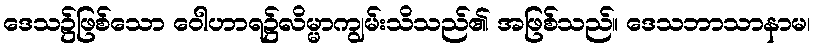
ဒေသ၌ဖြစ်သော ဝေါဟာရ၌လိမ္မာကျွမ်းသိသည်၏ အဖြစ်သည်။ ဒေသဘာသာနာမ၊